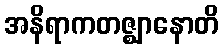
အနိရာကတဇ္ဈာနောတိ